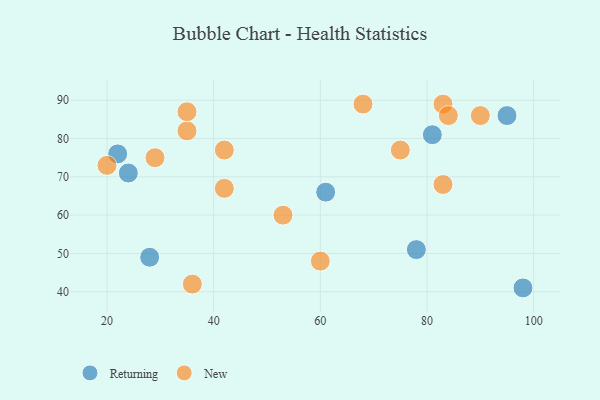
{"axis": {"x": "GDP", "y": "Life Expectancy"}, "legend": ["New", "Returning"], "data": [{"x": "61", "y": 66, "type": "Returning"}, {"x": "28", "y": 49, "type": "Returning"}, {"x": "24", "y": 71, "type": "Returning"}, {"x": "98", "y": 41, "type": "Returning"}, {"x": "22", "y": 76, "type": "Returning"}, {"x": "81", "y": 81, "type": "Returning"}, {"x": "95", "y": 86, "type": "Returning"}, {"x": "78", "y": 51, "type": "Returning"}, {"x": "20", "y": 73, "type": "New"}, {"x": "35", "y": 82, "type": "New"}, {"x": "29", "y": 75, "type": "New"}, {"x": "83", "y": 89, "type": "New"}, {"x": "68", "y": 89, "type": "New"}, {"x": "84", "y": 86, "type": "New"}, {"x": "83", "y": 68, "type": "New"}, {"x": "42", "y": 77, "type": "New"}, {"x": "42", "y": 67, "type": "New"}, {"x": "53", "y": 60, "type": "New"}, {"x": "35", "y": 87, "type": "New"}, {"x": "75", "y": 77, "type": "New"}, {"x": "60", "y": 48, "type": "New"}, {"x": "90", "y": 86, "type": "New"}, {"x": "36", "y": 42, "type": "New"}]}